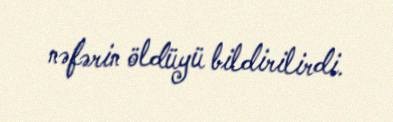
nəfərin öldüyü bildirilirdi.